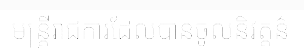
មន្ត្រីរាជការដែលបានចូលនិវត្តន៌